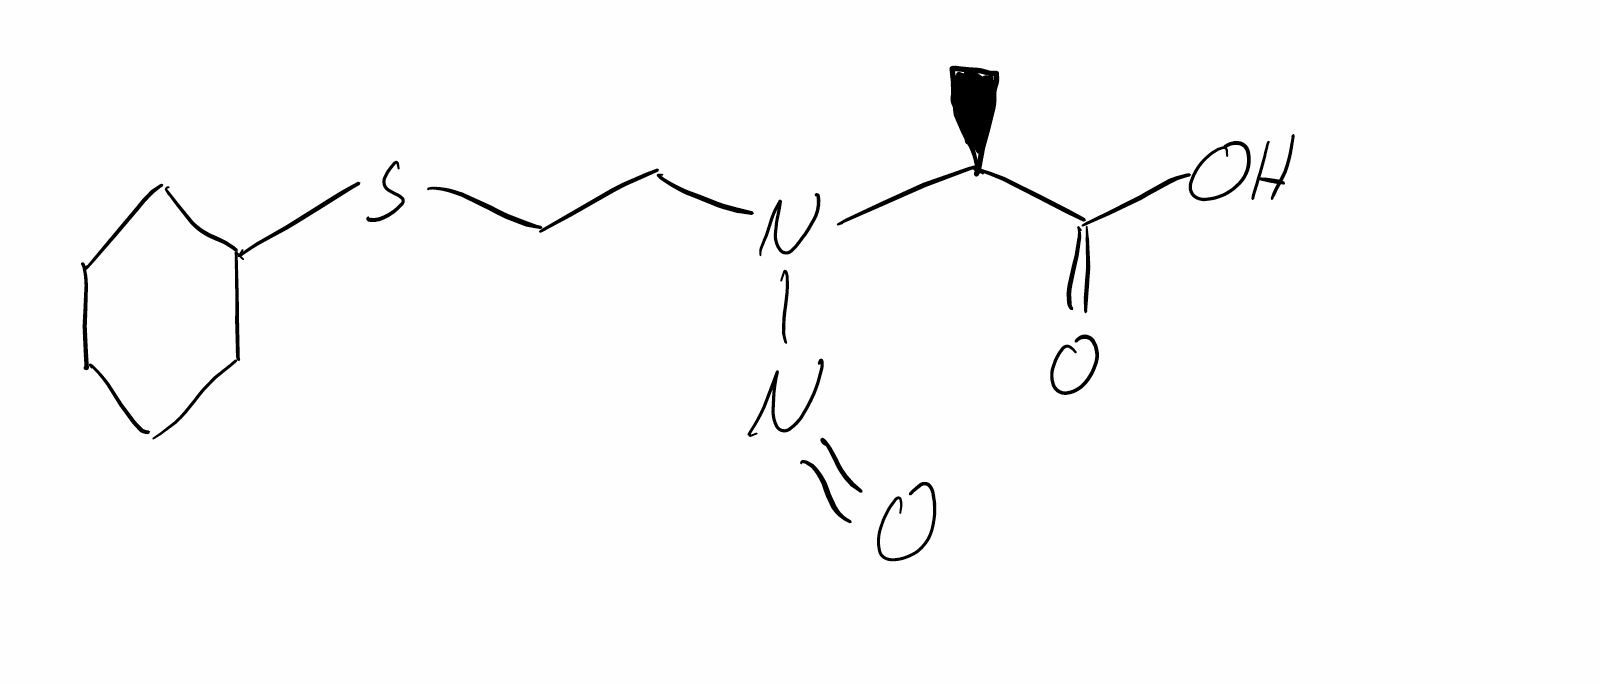
Simplified molecular-input line-entry system (SMILES) notation of the given molecule:
C[C@@H](C(=O)O)N(CCSC1CCCCC1)N=O